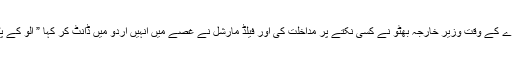
شہاب صاحب کے بقول ایوب خان کا ناریل اس وقت چٹخ گیا جب تاشقند معاہدے کے وقت وزیر خارجہ بھٹو نے کسی نکتے پر مداخلت کی اور فیلڈ مارشل نے غصے میں انہیں اردو میں ڈانٹ کر کہا ” الو کے پٹھے بکواس بند کرو“ وہ انہیں عمر ایوب خان کے بقول ڈیڈی کہا کرتے تھے۔